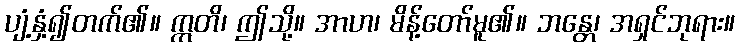
ပျံ့နှံ့၍တက်၏။ ဣတိ၊ ဤသို့။ အာဟ၊ မိန့်တော်မူ၏။ ဘန္တေ၊ အရှင်ဘုရား။